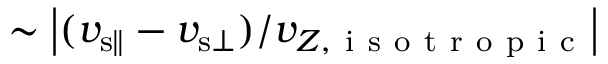
\sim \mathopen { } \mathclose \bgroup \mathopen { } \mathclose \bgroup \mathopen { } \mathclose \bgroup \mathopen { } \mathclose \bgroup \mathopen { } \mathclose \bgroup \mathopen { } \mathclose \bgroup \mathopen { } \mathclose \bgroup \mathopen { } \mathclose \bgroup \mathopen { } \mathclose \bgroup \mathopen { } \mathclose \bgroup \left| ( v _ { { \mathrm { s } } \parallel } - v _ { { \mathrm { s } } \bot } ) / v _ { Z , \mathrm { ~ i ~ s ~ o ~ t ~ r ~ o ~ p ~ i ~ c ~ } } \aftergroup \egroup \aftergroup \egroup \aftergroup \egroup \aftergroup \egroup \aftergroup \egroup \aftergroup \egroup \aftergroup \egroup \aftergroup \egroup \aftergroup \egroup \aftergroup \egroup \right|